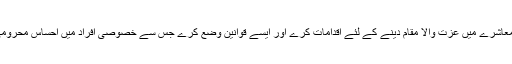
تاہم حکومت وقت کی یہ بھی ذمہ داری ہے کہ وہ خصوصی افراد کو بھی معاشرے میں عزت والا مقام دینے کے لئے اقدامات کرے اور ایسے قوانین وضع کرے جس سے خصوصی افراد میں احساس محرومی کا تدارک کیا جاسکے اورانہیں معاشرے کا کارآمد شہری بنایا جا سکے۔